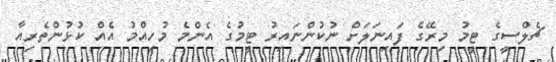
ޗެލްސީގެ ޓީމު މިރޭގެ ފައިނަލަށް ނުކުންނައިރު ޓީމުގެ އެންމެ މުހިއްމު އެއް ކުޅުންތެރިއާ